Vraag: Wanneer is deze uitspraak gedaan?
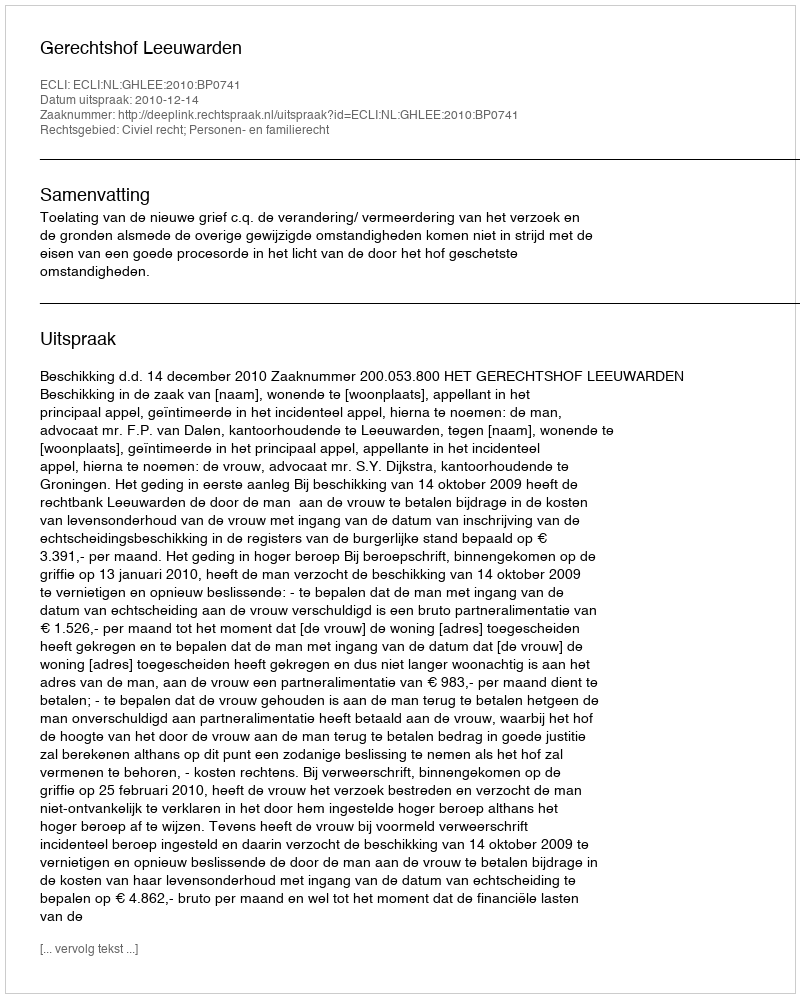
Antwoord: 2010-12-14